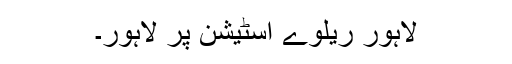
لاہور ریلوے اسٹیشن پر لاہور۔